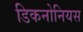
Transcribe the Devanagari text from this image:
डिकनोनियस